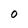
Character: O